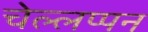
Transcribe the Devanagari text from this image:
चेल्लप्पन